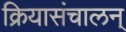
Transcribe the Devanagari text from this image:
क्रियासंचालन्